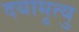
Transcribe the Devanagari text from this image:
दयामृत्यु